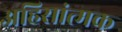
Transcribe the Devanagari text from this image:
अहिसांत्मक